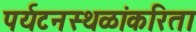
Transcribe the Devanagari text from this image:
पर्यटनस्थळांकरिता